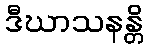
ဒီဃာသနန္တိ